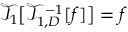
\mathcal { T } _ { 1 } \big [ \mathcal { T } _ { 1 , D } ^ { - 1 } [ f ] \big ] = f